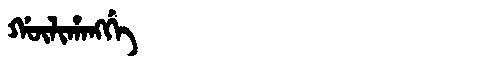
Manchu: ᡤᡡᠯᡳᡥᠠᠩᡤᡝ
Romanization: GŪLIHANGGE